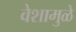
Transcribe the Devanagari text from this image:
वेशामुळे